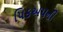
પિકઅપની